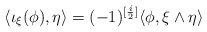
\begin{align*} \langle \iota_\xi(\phi),\eta \rangle= (-1)^{[{\frac{i}{2}}]}\langle \phi, \xi\wedge \eta\rangle\end{align*}